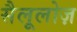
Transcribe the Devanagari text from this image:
सैलूलोज़